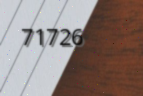
71726